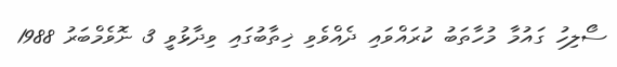
ސޯލިހު ގައުމާ މުހާތަބު ކުރައްވައި ދެއްވެވި ޚިތާބުގައި ވިދާޅުވީ 3 ނޮވެމްބަރު 1988